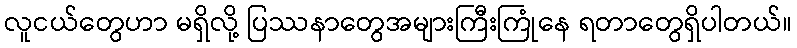
လူငယ်တွေဟာ မရှိလို့ ပြဿနာတွေအများကြီးကြုံနေ ရတာတွေရှိပါတယ်။